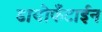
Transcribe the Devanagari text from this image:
डायोफँटाईन